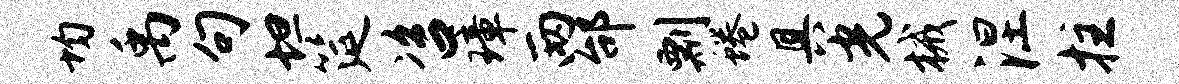
均禹句坦筵咨璋两邰剽蜷具光械涅拄